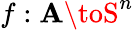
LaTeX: f:\mathbf{A}\toS^{n}